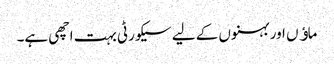
ماﺅں اور بہنوں کے لیے سیکورٹی بہت اچھی ہے۔